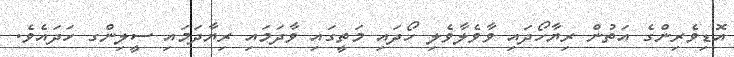
އޮޑިވެރިންގެ އަތުން ރިޔާހޯދައި ވާވެލާވެލި ހޯދައި މަތީގައި ވާދަމައި ރިޔާދަމައި ސީލިންގ ހަދައެވެ.